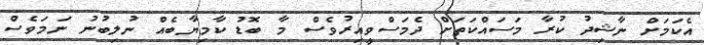
އެކަމަށް ނާޝިދު ކުރާ މަސައްކަތަށް ދެމަސްވީއިރުވެސް މާ ބޮޑު ކާމިޔާބެއް ނުލިބުނު ނަމަވެސް